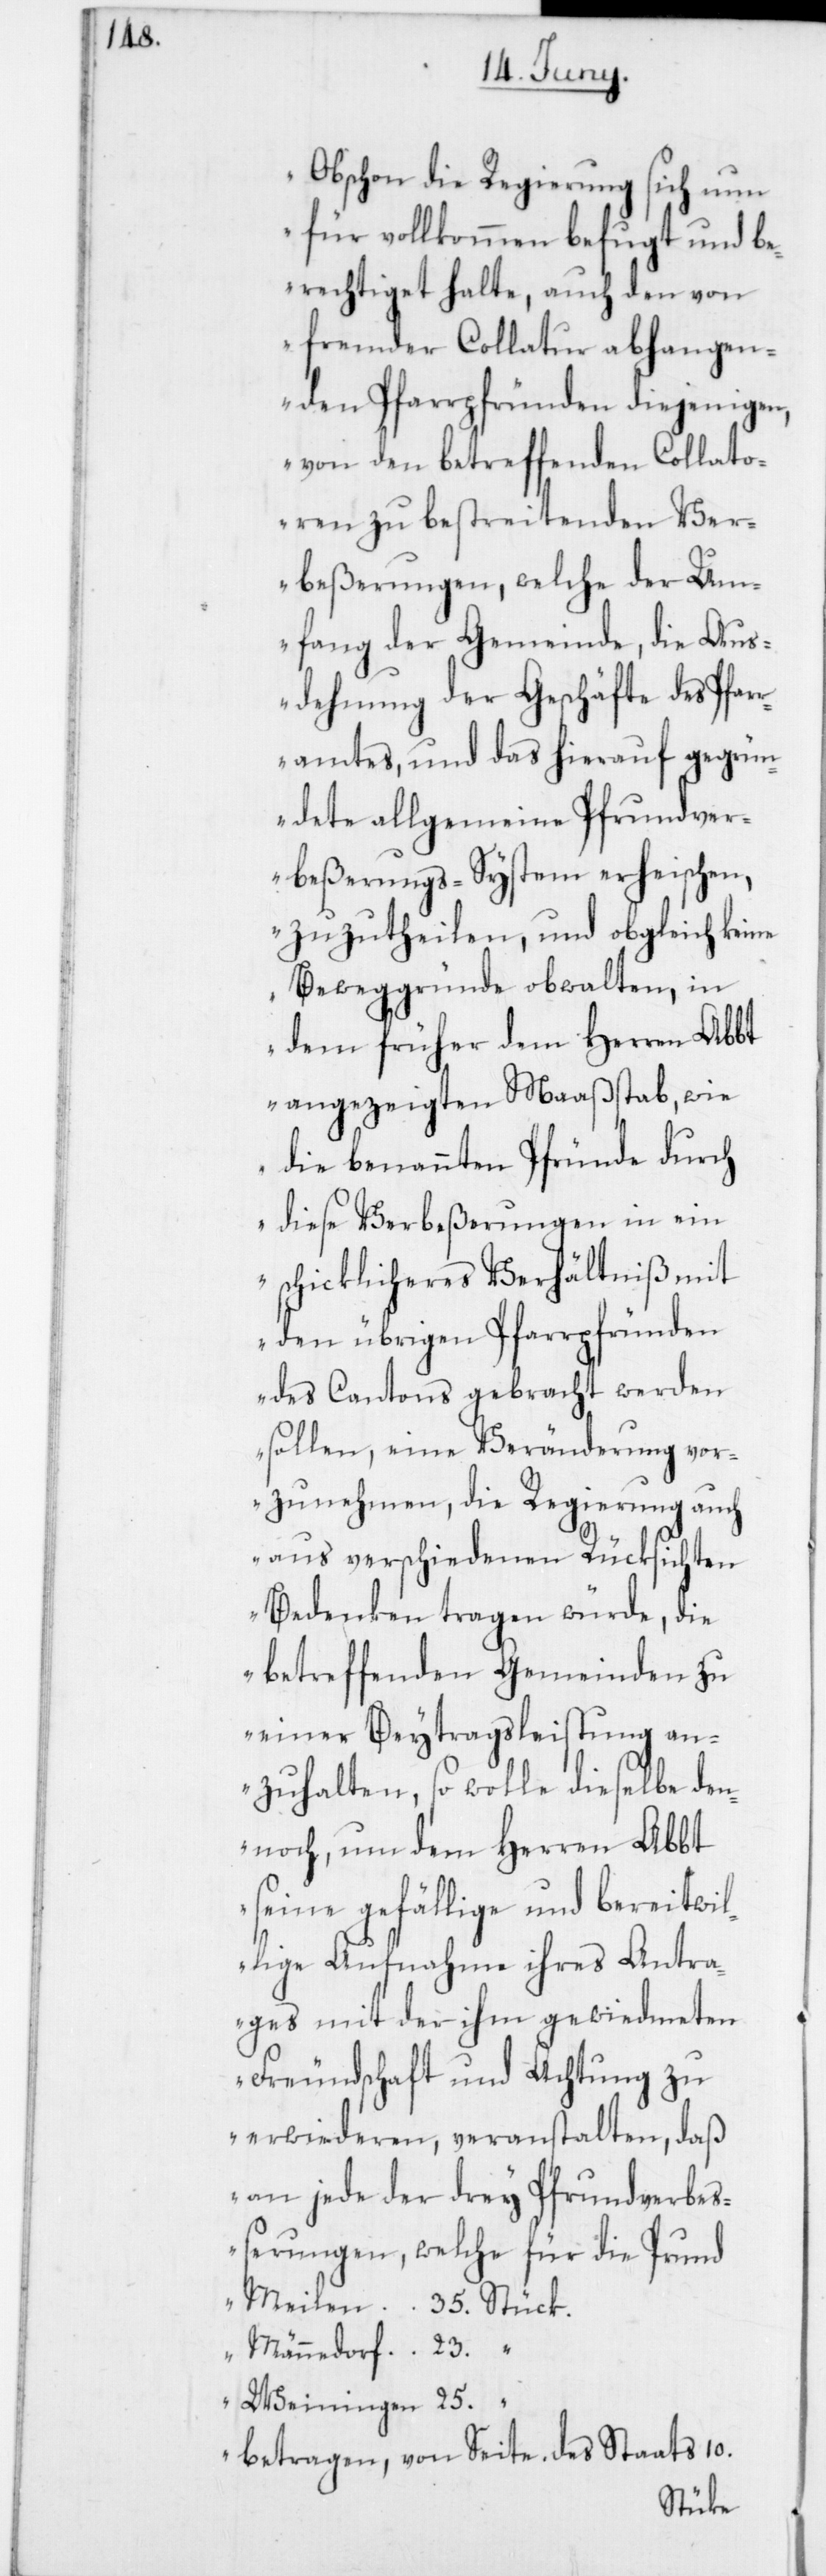
Obschon die Regierung sich nun
für vollkommen befugt und be¬
rechtiget halte, auch den von
fremder Collatur abhangen¬
den Pfarrpfründen diejenigen,
von den betreffenden Collato¬
ren zu bestreitenden Ver¬
beßerungen, welche der Um¬
fang der Gemeinde, die Aus¬
dehnung der Geschäfte des Pfar¬
ramtes, und das hierauf gegrün¬
dete allgemeine Pfrundver¬
beßerungs-System erheischen,
zuzutheilen, und obgleich keine
Beweggründe obwalten, in
dem früher dem Herren Abbt
angezeigten Maaßstab, wie
die benannten Pfründe durch
diese Verbeßerungen in ein
schicklicheres Verhältniß mit
den übrigen Pfarrpfründen
des Cantons gebracht werden
sollen, eine Veränderung vor¬
zunehmen, die Regierung auch
aus verschiedenen Rücksichten
Bedenken tragen würde, die
betreffenden Gemeinden zu
einer Beytragsleistung an¬
zuhalten, so wolle dieselbe den¬
noch, um dem Herren Abbt
seine gefällige und bereitwil¬
lige Aufnahme ihres Antra¬
ges mit der ihm gewiedmeten
Freundschaft und Achtung zu
erwiederen, veranstalten, daß
an jede der drey Pfrundverbe¬
ßerungen, welche für die Pfrund
Meilen		35. Stück.
Männedorf	23. “
Weiningen	25.
betragen, von Seite des Staats 10.